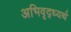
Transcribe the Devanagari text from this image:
अभिवृद्ध्यर्थ